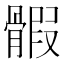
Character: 𩩱